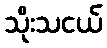
သိုးသငယ်